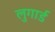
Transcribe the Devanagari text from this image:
लुगार्ड